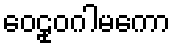
ဝေဠုဝဂါမကော